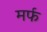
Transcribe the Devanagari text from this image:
मर्फ